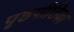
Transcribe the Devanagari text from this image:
पृष्ठपीठिका